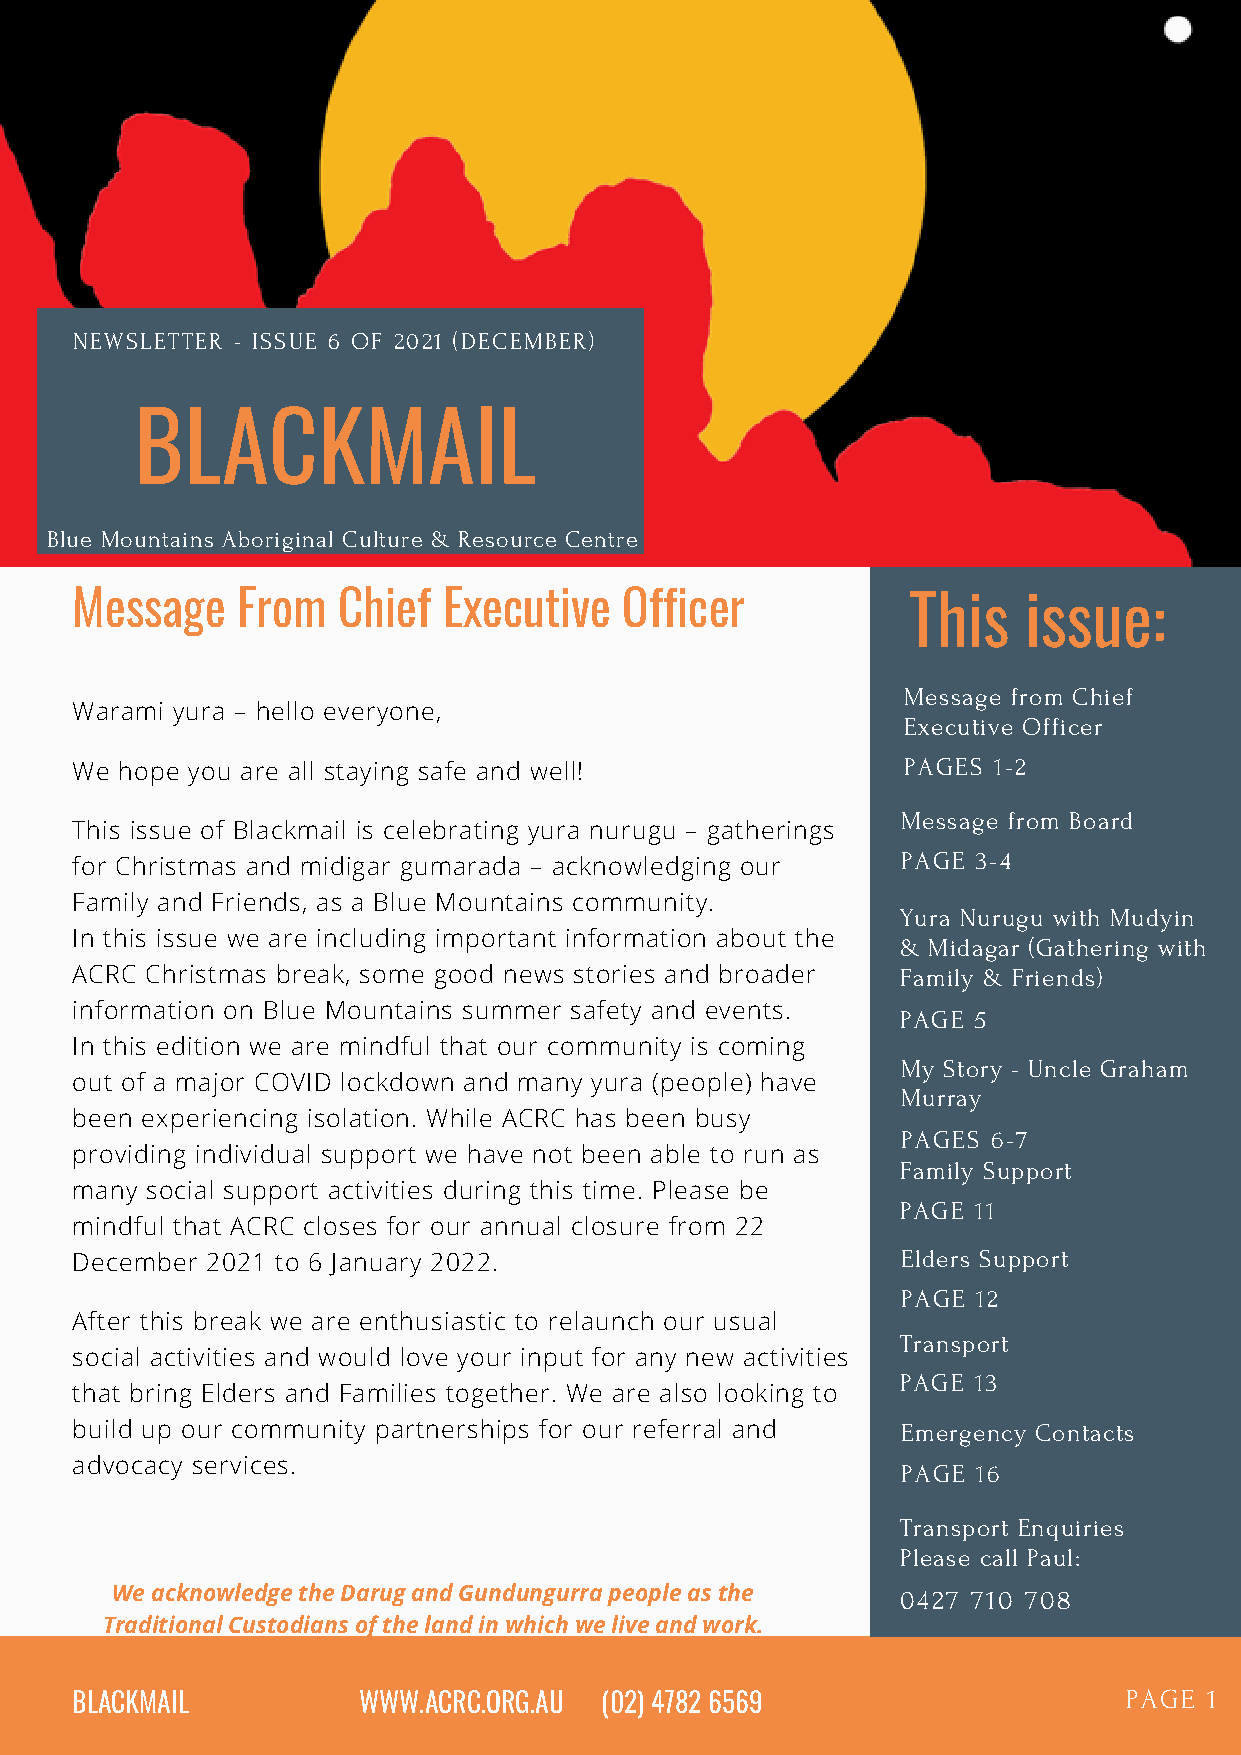
NEWSLETTER - ISSUE 6 OF 2021 (DECEMBER)
 BLACKMAIL
 Blue Mountains Aboriginal Culture & Resource Centre
 Message    From  Chief  Executive   Officer            This    issue:
 Message from Chief
 Warami yura – hello everyone,
 Executive Officer
 PAGES 1-2
 We hope you are all staying safe and well!
 Message from Board
 This issue of Blackmail is celebrating yura nurugu – gatherings
 PAGE 3-4
 for Christmas and midigar gumarada – acknowledging our
 Family and Friends, as a Blue Mountains community.
 Yura Nurugu with Mudyin
 In this issue we are including important information about the
 & Midagar (Gathering with
 ACRC Christmas break, some good news stories and broader Family & Friends)
 information on Blue Mountains summer safety and events.
 PAGE 5
 In this edition we are mindful that our community is coming
 My Story - Uncle Graham
 out of a major COVID lockdown and many yura (people) have
 Murray
 been experiencing isolation. While ACRC has been busy
 PAGES 6-7
 providing individual support we have not been able to run as
 Family Support
 many social support activities during this time. Please be
 PAGE 11
 mindful that ACRC closes for our annual closure from 22
 December 2021 to 6 January 2022.                       Elders Support
 PAGE 12
 After this break we are enthusiastic to relaunch our usual
 Transport
 social activities and would love your input for any new activities
 PAGE 13
 that bring Elders and Families together. We are also looking to
 build up our community partnerships for our referral and Emergency Contacts
 advocacy services.                                     PAGE 16
 Transport Enquiries
 Please call Paul:
 We acknowledge the Darug and Gundungurra people as the 0427 710 708
 Traditional Custodians of the land in which we live and work.
 BLACKMAIL          WWW.ACRC.ORG.AU (02) 4782 6569                    PAGE  1